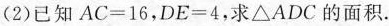
(2)已知$$AC=16$$，$$DE=4$$，求\triangle ADC的面积。